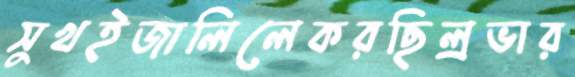
সুখইজালিলেকরছিল্রভার